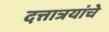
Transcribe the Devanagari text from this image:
दत्तात्रयांचे